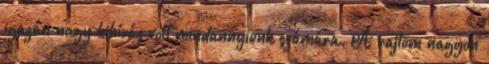
igazán nagy kihívás volt mindannyiunk számára. A rajtom nagyon